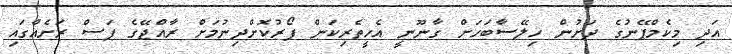
އަދި މިކެމްޕޭނުގެ ދަށުން ހިލޭސާބަހަށް ގާނޫނީ އެހީތެރިކަން ފޯރުކޮށްދިނުމަށް ރާއްޖޭގެ ފަސް ރަށެއްގައި